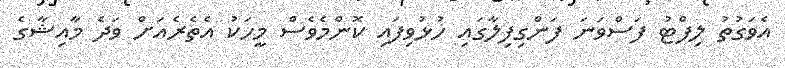
އެވަގުތު ލިފްޓު ފަސްވަނަ ފަންގިފިލާގައި ހުޅުވިފައި ކޮންމެވެސް މީހަކު އެތެރެއަށް ވަދެ މާއިޝާގެ